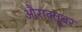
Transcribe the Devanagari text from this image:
औराक्तूबर